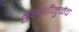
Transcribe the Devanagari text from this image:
बुरशीमुळेच